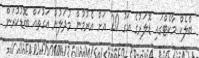
ބްލެކް މާކެޓްގައި ޑޮލަރުގެ އަގު 20 އަށް އެރުމުން މުދަލުން އަގުތައް ބޮޑުކުރަން